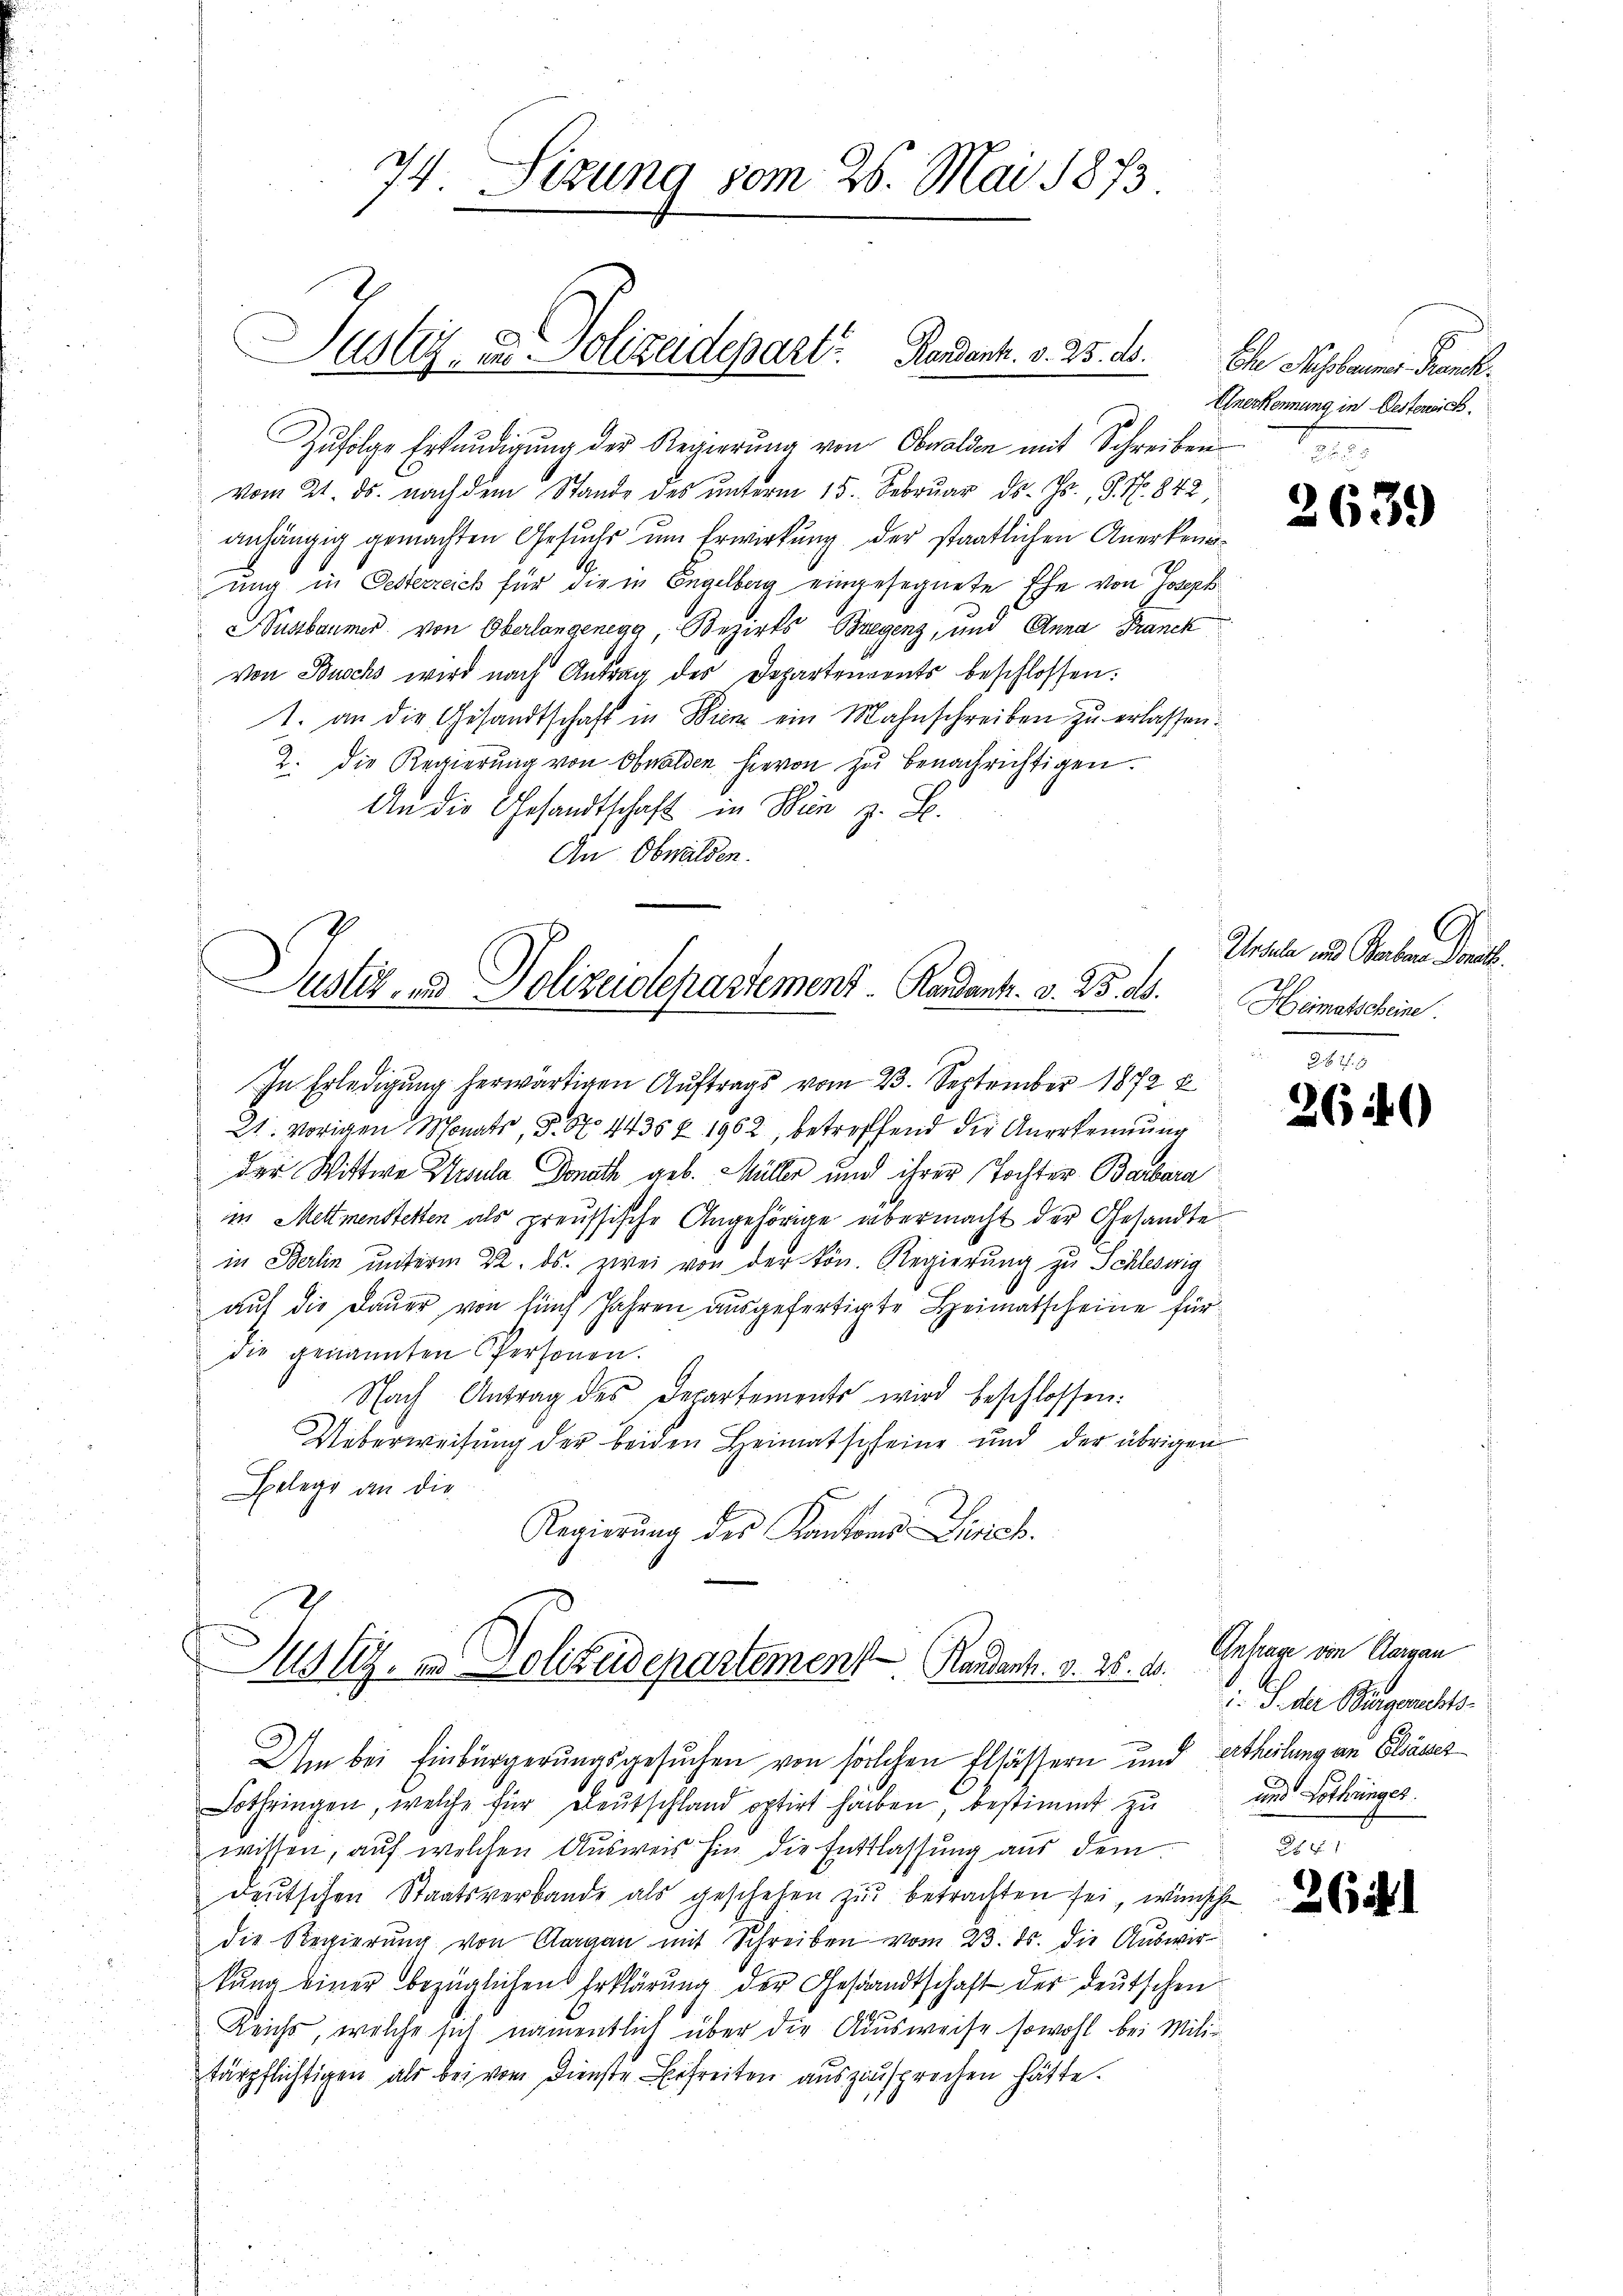
34 Sizung vom 26. Mai 1873.

Justiz- u. Polizeidepart. Kardank. v. 25. d. Mskr. Kan¬

Zufolge Erkundigung der Regierung von Obwalden mit Schreiben
vom 21. ds. nach dem Stande des ŭnterm 15. Februar d. Js., S. Nr. 842,
anhängig gemachten Gesuchs um Erwirkung der staatlichen Anerkennung in Oesterreich für die in Begelbag eingesegnete Ehe von Joseph
Susbaumer von Oberlangenegg, Bezirks Bregenz, und Anna Franck
von Buchs wird nach Antrag des Departenvents beschlossen:
1. an die Gesandtschaft in Wien ein Mahnschreiben zu erlassen.
2. die Regierŭng von Obwalden hievon zu benachrichtigen.
An die Gesandtschaft in Wien z. B.
An Obwalden.

Justiz- & Polizeiolepartement. Randank. v. 23. ds.

Justiz- & Polizeidepartement Randat. v. 25. 10.

In Erledigung herwärtigen Auftrags vom 23. September 1872
21. vorigen Monats, S. 57. 4435 § 1962, betreffend der Anerkennung
der Wittwe Ursula Donath geb. Müller und ihrer Tochter Barbara
in Mettmenstetten als preussische Angehörige übermacht der Gesandte
in Berlin unterm 22. ds. zwei von der kön. Regierung zu Schleswig
auf die Dauer von fünf Jahren ausgefertigte Heimatscheine für
die genannten Personen.
Nach Antrag des Departements wird beschlossen:
Ueberweisung der beiden Heimatscheine und der übrigen
Belege an die
Regierŭng des Kantons Lisich.

Um bei Einbürgerungsgesuchen von solchen Elsässern und ertheilung an Gläser
Lothringen, welche für Deutschland optirt haben, bestimmt zu
wissen, auf welchen Ausweis hin die Entlassung aus dem
deŭtschen Staatsverbande als geschehen zŭ betrachten sei, wünscht
die Regierŭng von Aargau mit Schreiben vom 23. ds. die Auswir-
kung einer bezüglichen Erklärung der Gesandtschaft der deutschen
Reichs, welche sich namentlich über die Ausweise sowohl bei Militärpflichtigen als bei vom Dienste Erfreiten auszusprechen hätte.

Unerkennung in Destensich
n

2639

C
Ursula und Berbara Donath.
Heimatscheine

3 x 2 2
2649

265

Antrage von Aargau
.J. der Bengerechts-
und Lothinges.